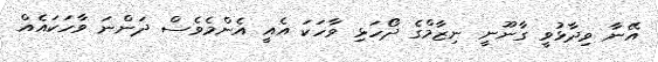
އޭނާ ވިދާޅުވީ ގާނޫނީ ނިޒާމްގެ ދޯހަޅި ވާހަކަ އެއީ އެންމެވެސް ދަންނަ ވާހަކައެއް